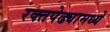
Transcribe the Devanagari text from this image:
रक्तपेढ्यामध्ये